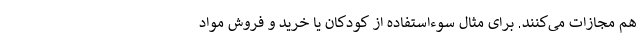
هم مجازات می‌کنند. برای مثال سوءاستفاده از کودکان یا خرید و فروش مواد